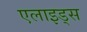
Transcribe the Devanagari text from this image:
एलाइड्स